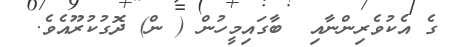
ގެ އެކުވެރިންނާއި  ބާގައިމީހުން ( ން) ދޮގުކުރޫއެވެ.